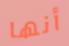
أنها